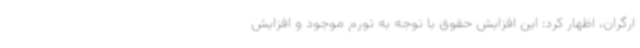
ارگران، اظهار کرد: این افزایش حقوق با توجه به تورم موجود و افزایش